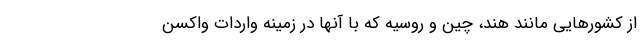
از کشورهایی مانند هند، چین و روسیه که با آنها در زمینه واردات واکسن